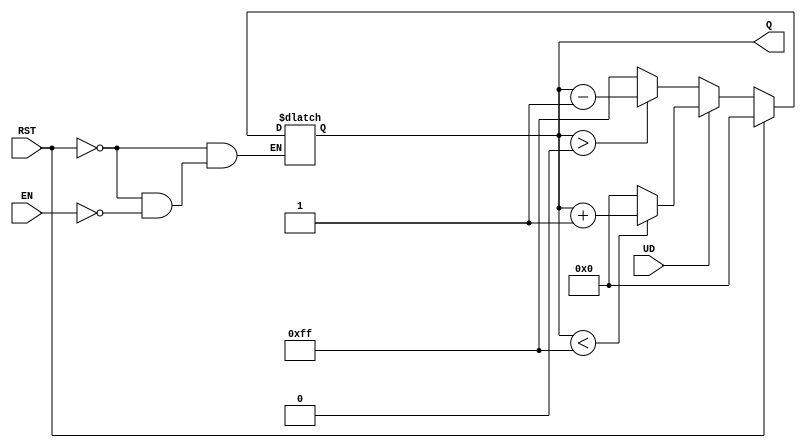
module UpDownCounter (
    input wire UD,      // Up/Down control
    input wire EN,      // Enable
    input wire RST,     // Asynchronous Reset
    output reg [7:0] Q  // 8-bit Output Count
);
    // Maximum value for an 8-bit counter
    parameter MAX_COUNT = 8'hFF;  // 255 in decimal

    always @(*) begin
        // Asynchronous reset
        if (RST) begin
            Q = 8'h00;  // Reset counter to 0
        end else if (EN) begin
            // Count up or down based on the UD signal
            if (UD) begin
                // Count Up
                if (Q < MAX_COUNT) begin
                    Q = Q + 1;  // Increment count
                end else begin
                    Q = 8'h00;  // Wrap around to 0
                end
            end else begin
                // Count Down
                if (Q > 0) begin
                    Q = Q - 1;  // Decrement count
                end else begin
                    Q = MAX_COUNT;  // Wrap around to MAX_COUNT
                end
            end
        end
    end
endmodule